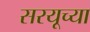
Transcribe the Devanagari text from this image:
सरयूच्या